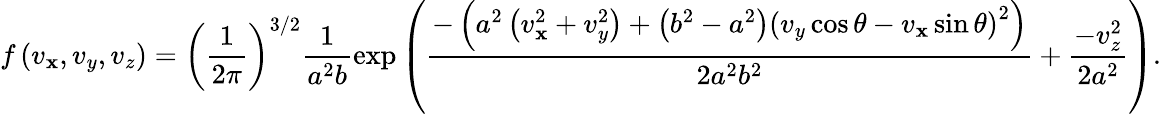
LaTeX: f\left(v_{\mathbf{x}},v_{y},v_{z}\right)=\left(\frac{{1}}{{2\pi}}\right)^{3/2}\frac{{1}}{{a^{2}b}}\exp\left(\frac{{-\left(a^{2}\left(v_{\mathbf{x}}^{2}+v_{y}^{2}\right)+\left(b^{2}-a^{2}\right)\left(v_{y}\cos\theta-v_{\mathbf{x}}\sin\theta\right)^{2}\right)}}{{2a^{2}b^{2}}}+\frac{{-v_{z}^{2}}}{{2a^{2}}}\right).